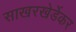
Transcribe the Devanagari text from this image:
साखरखेर्डेकर